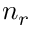
n _ { r }